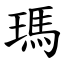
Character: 瑪